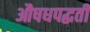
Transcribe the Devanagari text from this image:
औषधपद्धती